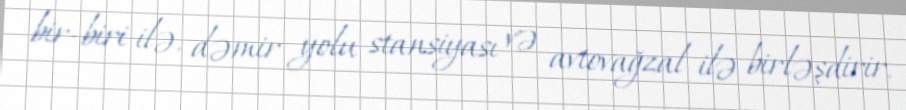
bir-biri ilə, dəmir yolu stansiyası və avtovağzal ilə birləşdirir.